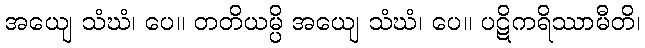
အယျေ သံဃံ၊ ပေ။ တတိယမ္ပိ အယျေ သံဃံ၊ ပေ။ ပဋိကရိဿာမီတိ၊